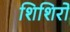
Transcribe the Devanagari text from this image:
शिशिरो